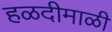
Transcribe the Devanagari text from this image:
हळदीमाळी